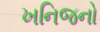
ખનિજનો